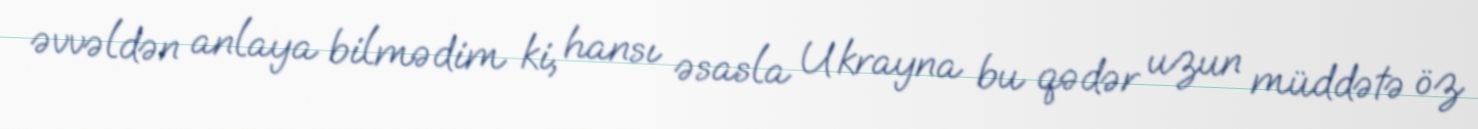
əvvəldən anlaya bilmədim ki, hansı əsasla Ukrayna bu qədər uzun müddətə öz